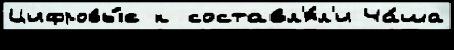
Цифровы́е к составл'я́л'и Ча́ша